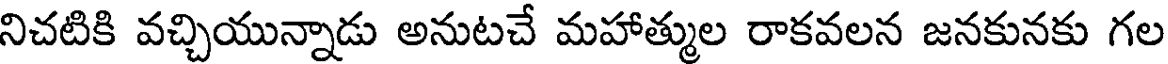
నిచటికి వచ్చియున్నాడు అనుటచే మహాత్ముల రాకవలన జనకునకు గల